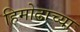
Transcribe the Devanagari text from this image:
हिमोढाच्या